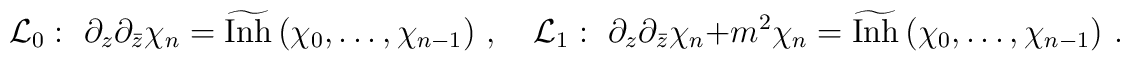
{\cal L}_0:\,\, \partial_z\partial_{\bar{z}}\chi_n=\widetilde{\mbox{Inh}}\left(\chi_0,\ldots,\chi_{n-1}\right)\,,\quad {\cal L}_1:\,\, \partial_z\partial_{\bar{z}}\chi_n+m^2\chi_n=\widetilde{\mbox{Inh}}\left(\chi_0,\ldots,\chi_{n-1}\right)\,.